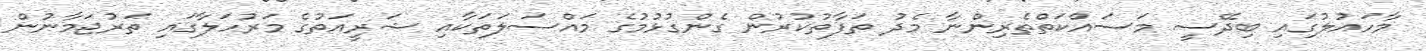
މާހައުލުގައި ބިދޭސީ މަސައްކަތްތެރިންނާ މެދު ތަފާތުކުރުން ގެންގުޅުމުގެ މައްސަލަތަކާއި ޝަރީއަތުގެ މަރުހަލާގައި ތަރުޖަމާނުން